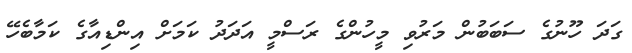
ގަދަ ހޫނުގެ ސަބަބުން މަރުވި މީހުންގެ ރަސްމީ އަދަދު ކަމަށް އިންޑިއާގެ ކަމާބެހޭ